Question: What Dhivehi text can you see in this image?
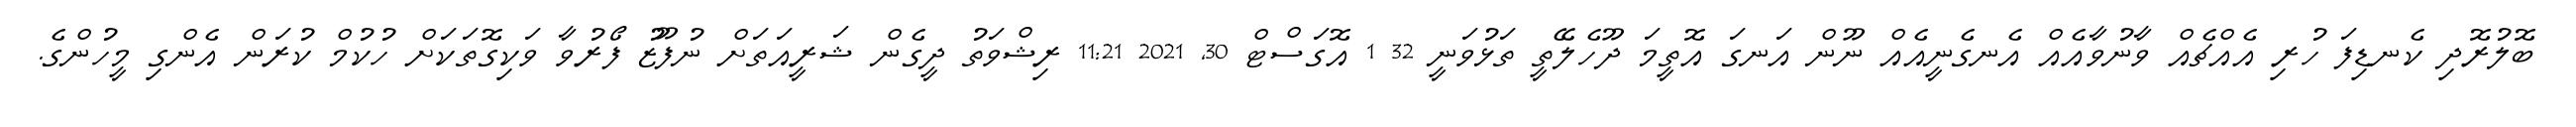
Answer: ބޮލުރޮދި ކެނޑިފަ ހުރި އެއްޗެއް ވާނުވާއެއް އެނގެނީއެއް ނޫން އަނގަ އޮތީމަ ދޫހެލޭތީ ތަޅުވަނީ 32 1 އޮގަސްޓް 30, 2021 11:21 ރިޝްވަތު ދީގެން ޝަރީއަތަށް ނުފޫޒު ފޯރުވާ ވަކިގޮތަކަށް ހުކުމް ކުރަން އެންގި މީހުންގެ.